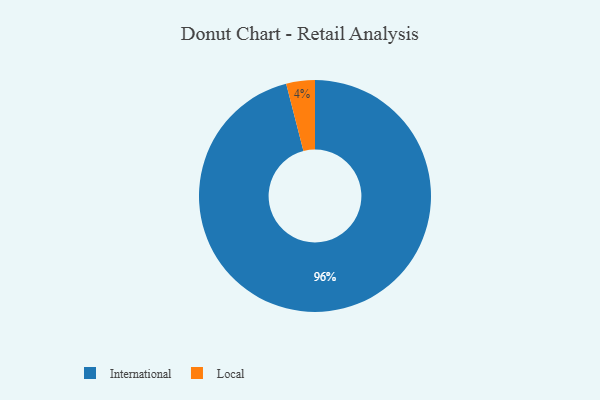
{"axis": {"x": "Category", "y": "Percentage"}, "legend": ["International", "Local"], "data": [{"x": "International", "y": 96, "type": "International"}, {"x": "Local", "y": 4, "type": "Local"}]}